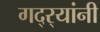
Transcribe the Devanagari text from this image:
गद्र्‍यांनी